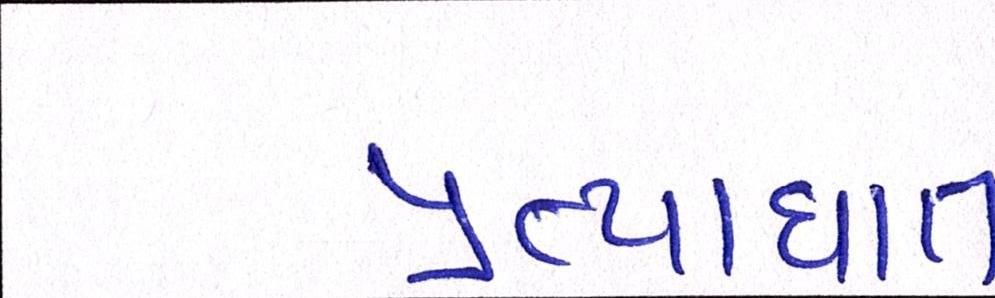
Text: પ્રત્યાઘાત